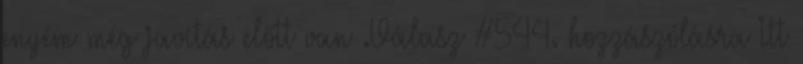
enyém még javítás előtt van .Válasz #544. hozzászólásra Itt